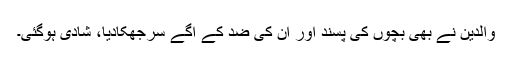
والدین نے بھی بچوں کی پسند اور ان کی ضد کے آگے سرجھکادیا، شادی ہوگئی۔